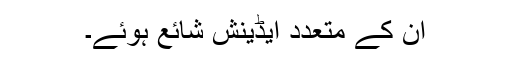
ان کے متعدد ایڈینش شائع ہوئے۔